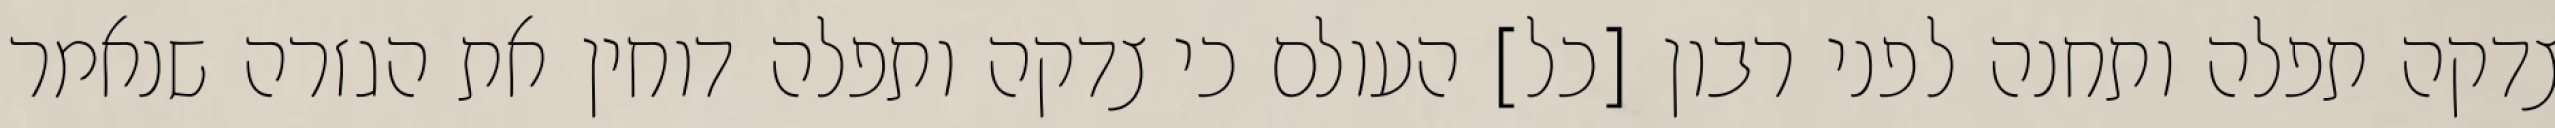
צדקה תפלה ותחנה לפני רבון [כל] העולם כי צדקה ותפלה דוחין את הגזרה שנאמר